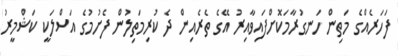
ފަހަރެއްގެ މަތިން ހަނގުރާމަކޮށްފައިވާއިރު އޭގެ ތެރެއިން ދެ ކުރިމަތިލުން ފެށުމުގެ އަސްލަކީ ކަޝްމީރު